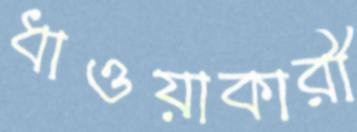
ধাওয়াকারী